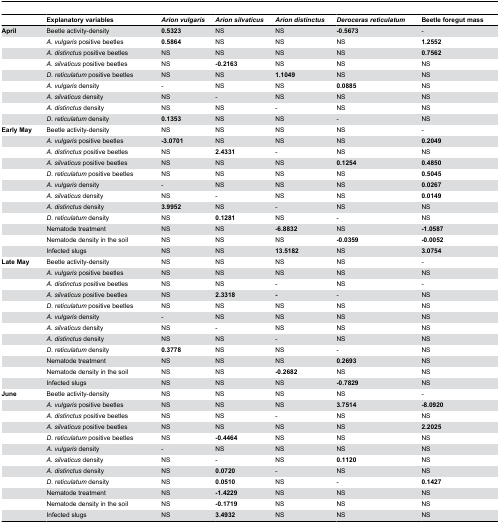
<table><thead><tr><td></td><td><b>Explanatory variables</b></td><td><b><i>Arion vulgaris</i></b></td><td><b><i>Arion silvaticus</i></b></td><td><b><i>Arion distinctus</i></b></td><td><b><i>Deroceras reticulatum</i></b></td><td><b>Beetle foregut mass</b></td></tr></thead><tbody><tr><td><b>April</b></td><td>Beetle activity-density</td><td><b>0.5323</b></td><td>NS</td><td>NS</td><td><b>-0.5673</b></td><td>-</td></tr><tr><td></td><td><i>A. vulgaris</i> positive beetles</td><td><b>0.5864</b></td><td>NS</td><td>NS</td><td>NS</td><td><b>1.2552</b></td></tr><tr><td></td><td><i>A. distinctus</i> positive beetles</td><td>NS</td><td>NS</td><td>NS</td><td>NS</td><td><b>0.7562</b></td></tr><tr><td></td><td><i>A. silvaticus</i> positive beetles</td><td>NS</td><td><b>-0.2163</b></td><td>NS</td><td>NS</td><td>NS</td></tr><tr><td></td><td><i>D. reticulatum</i> positive beetles</td><td>NS</td><td>NS</td><td><b>1.1049</b></td><td>NS</td><td>NS</td></tr><tr><td></td><td><i>A. vulgaris</i> density</td><td>-</td><td>NS</td><td>NS</td><td><b>0.0885</b></td><td>NS</td></tr><tr><td></td><td><i>A. silvaticus</i> density</td><td>NS</td><td>-</td><td>NS</td><td>NS</td><td>NS</td></tr><tr><td></td><td><i>A. distinctus</i> density</td><td>NS</td><td>NS</td><td>-</td><td>NS</td><td>NS</td></tr><tr><td></td><td><i>D. reticulatum</i> density</td><td><b>0.1353</b></td><td>NS</td><td>NS</td><td>-</td><td>NS</td></tr><tr><td><b>Early May</b></td><td>Beetle activity-density</td><td>NS</td><td>NS</td><td>NS</td><td>NS</td><td>-</td></tr><tr><td></td><td><i>A. vulgaris</i> positive beetles</td><td><b>-3.0701</b></td><td>NS</td><td>NS</td><td>NS</td><td><b>0.2049</b></td></tr><tr><td></td><td><i>A. distinctus</i> positive beetles</td><td>NS</td><td><b>2.4331</b></td><td>-</td><td>NS</td><td>NS</td></tr><tr><td></td><td><i>A. silvaticus</i> positive beetles</td><td>NS</td><td>NS</td><td>NS</td><td><b>0.1254</b></td><td><b>0.4850</b></td></tr><tr><td></td><td><i>D. reticulatum</i> positive beetles</td><td>NS</td><td>NS</td><td>NS</td><td>NS</td><td><b>0.5045</b></td></tr><tr><td></td><td><i>A. vulgaris</i> density</td><td>-</td><td>NS</td><td>NS</td><td>NS</td><td><b>0.0267</b></td></tr><tr><td></td><td><i>A. silvaticus</i> density</td><td>NS</td><td>-</td><td>NS</td><td>NS</td><td><b>0.0149</b></td></tr><tr><td></td><td><i>A. distinctus</i> density</td><td><b>3.9952</b></td><td>NS</td><td>-</td><td>NS</td><td>NS</td></tr><tr><td></td><td><i>D. reticulatum</i> density</td><td>NS</td><td><b>0.1281</b></td><td>NS</td><td>-</td><td>NS</td></tr><tr><td></td><td>Nematode treatment</td><td>NS</td><td>NS</td><td><b>-6.8832</b></td><td>NS</td><td><b>-1.0587</b></td></tr><tr><td></td><td>Nematode density in the soil</td><td>NS</td><td>NS</td><td>NS</td><td><b>-0.0359</b></td><td><b>-0.0052</b></td></tr><tr><td></td><td>Infected slugs</td><td>NS</td><td>NS</td><td><b>13.5182</b></td><td>NS</td><td><b>3.0754</b></td></tr><tr><td><b>Late May</b></td><td>Beetle activity-density</td><td>NS</td><td>NS</td><td>NS</td><td>NS</td><td>-</td></tr><tr><td></td><td><i>A. vulgaris</i> positive beetles</td><td>NS</td><td>NS</td><td>NS</td><td>NS</td><td>NS</td></tr><tr><td></td><td><i>A. distinctus</i> positive beetles</td><td>NS</td><td>NS</td><td>-</td><td>NS</td><td>-</td></tr><tr><td></td><td><i>A. silvaticus</i> positive beetles</td><td>NS</td><td><b>2.3318</b></td><td><b>-</b></td><td>-</td><td>NS</td></tr><tr><td></td><td><i>D. reticulatum</i> positive beetles</td><td>NS</td><td>NS</td><td>NS</td><td>NS</td><td>NS</td></tr><tr><td></td><td><i>A. vulgaris</i> density</td><td>-</td><td>NS</td><td>NS</td><td>NS</td><td>NS</td></tr><tr><td></td><td><i>A. silvaticus</i> density</td><td>NS</td><td>-</td><td>NS</td><td>NS</td><td>NS</td></tr><tr><td></td><td><i>A. distinctus</i> density</td><td>NS</td><td>NS</td><td>-</td><td>NS</td><td>NS</td></tr><tr><td></td><td><i>D. reticulatum</i> density</td><td><b>0.3778</b></td><td>NS</td><td>NS</td><td>-</td><td>NS</td></tr><tr><td></td><td>Nematode treatment</td><td>NS</td><td>NS</td><td>NS</td><td><b>0.2693</b></td><td>NS</td></tr><tr><td></td><td>Nematode density in the soil</td><td>NS</td><td>NS</td><td><b>-0.2682</b></td><td>NS</td><td>NS</td></tr><tr><td></td><td>Infected slugs</td><td>NS</td><td>NS</td><td>NS</td><td><b>-0.7829</b></td><td>NS</td></tr><tr><td><b>June</b></td><td>Beetle activity-density</td><td>NS</td><td>NS</td><td>NS</td><td>NS</td><td>-</td></tr><tr><td></td><td><i>A. vulgaris</i> positive beetles</td><td>NS</td><td>NS</td><td>NS</td><td><b>3.7514</b></td><td><b>-8.0920</b></td></tr><tr><td></td><td><i>A. distinctus</i> positive beetles</td><td>NS</td><td>NS</td><td>-</td><td>NS</td><td>NS</td></tr><tr><td></td><td><i>A. silvaticus</i> positive beetles</td><td>NS</td><td>NS</td><td>NS</td><td>NS</td><td><b>2.2025</b></td></tr><tr><td></td><td><i>D. reticulatum</i> positive beetles</td><td>NS</td><td><b>-0.4464</b></td><td>NS</td><td>NS</td><td>NS</td></tr><tr><td></td><td><i>A. vulgaris</i> density</td><td>-</td><td>NS</td><td>NS</td><td>NS</td><td>NS</td></tr><tr><td></td><td><i>A. silvaticus</i> density</td><td>NS</td><td>-</td><td>NS</td><td><b>0.1120</b></td><td>NS</td></tr><tr><td></td><td><i>A. distinctus</i> density</td><td>NS</td><td><b>0.0720</b></td><td>-</td><td>NS</td><td>NS</td></tr><tr><td></td><td><i>D. reticulatum</i> density</td><td>NS</td><td><b>0.0510</b></td><td>NS</td><td>-</td><td><b>0.1427</b></td></tr><tr><td></td><td>Nematode treatment</td><td>NS</td><td><b>-1.4229</b></td><td>NS</td><td>NS</td><td>NS</td></tr><tr><td></td><td>Nematode density in the soil</td><td>NS</td><td><b>-0.1719</b></td><td>NS</td><td>NS</td><td>NS</td></tr><tr><td></td><td>Infected slugs</td><td>NS</td><td><b>3.4932</b></td><td>NS</td><td>NS</td><td>NS</td></tr></tbody></table>